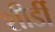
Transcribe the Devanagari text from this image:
शीर्डी